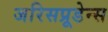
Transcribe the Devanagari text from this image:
जरिसप्रूडेन्स